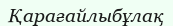
Қарағайлыбұлақ